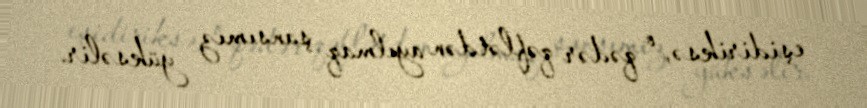
eşidiriksə, o qədər qəflətdən ayılmaq şansımız yüksəlir.